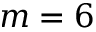
m = 6